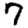
Digit: 7